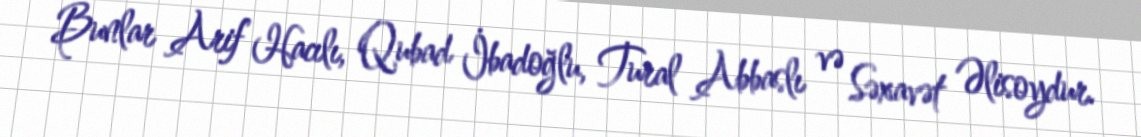
Bunlar Arif Hacılı, Qubad İbadoğlu, Tural Abbaslı və Səxavət Əlisoydur.